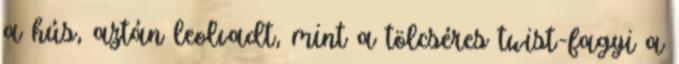
a hús, aztán leolvadt, mint a tölcséres twist-fagyi a